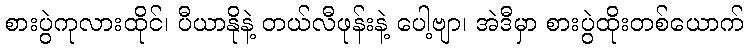
စားပွဲကုလားထိုင်၊ ပီယာနိုနဲ့ တယ်လီဖုန်းနဲ့ ပေါ့ဗျာ၊ အဲဒီမှာ စားပွဲထိုးတစ်ယောက်